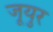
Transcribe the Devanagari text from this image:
जूयुर